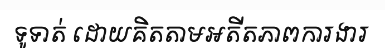
ទូទាត់ ដោយគិតតាមអតីតភាពការងារ